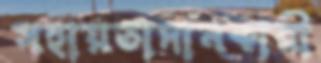
সহায়তাদানকারী